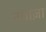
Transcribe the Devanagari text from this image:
नव़ाज़ा